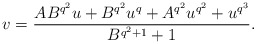
\begin{align*} v=\frac{AB^{q^2} u + B^{q^2}u^q+ A^{q^2}u^{q^2} + u^{q^3}}{B^{q^2+1}+1}.\end{align*}